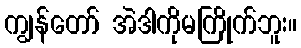
ကျွန်တော် အဲဒါကိုမကြိုက်ဘူး။